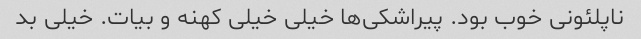
ناپلئونی خوب بود. پیراشکی‌ها خیلی خیلی کهنه و بیات. خیلی بد